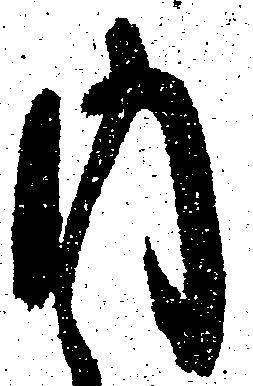
内